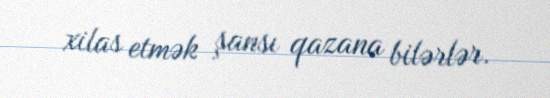
xilas etmək şansı qazana bilərlər.